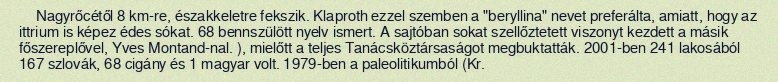
Nagyrőcétől 8 km-re, északkeletre fekszik. Klaproth ezzel szemben a "beryllina" nevet preferálta, amiatt, hogy az ittrium is képez édes sókat. 68 bennszülött nyelv ismert. A sajtóban sokat szellőztetett viszonyt kezdett a másik főszereplővel, Yves Montand-nal. ), mielőtt a teljes Tanácsköztársaságot megbuktatták. 2001-ben 241 lakosából 167 szlovák, 68 cigány és 1 magyar volt. 1979-ben a paleolitikumból (Kr.